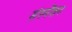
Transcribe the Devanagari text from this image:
संस्पेंशन